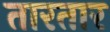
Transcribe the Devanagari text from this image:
तारतार